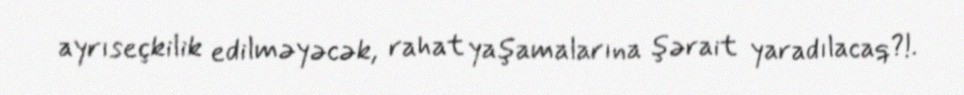
ayrıseçkilik edilməyəcək, rahat yaşamalarına şərait yaradılacaq?!.